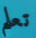
تعلم